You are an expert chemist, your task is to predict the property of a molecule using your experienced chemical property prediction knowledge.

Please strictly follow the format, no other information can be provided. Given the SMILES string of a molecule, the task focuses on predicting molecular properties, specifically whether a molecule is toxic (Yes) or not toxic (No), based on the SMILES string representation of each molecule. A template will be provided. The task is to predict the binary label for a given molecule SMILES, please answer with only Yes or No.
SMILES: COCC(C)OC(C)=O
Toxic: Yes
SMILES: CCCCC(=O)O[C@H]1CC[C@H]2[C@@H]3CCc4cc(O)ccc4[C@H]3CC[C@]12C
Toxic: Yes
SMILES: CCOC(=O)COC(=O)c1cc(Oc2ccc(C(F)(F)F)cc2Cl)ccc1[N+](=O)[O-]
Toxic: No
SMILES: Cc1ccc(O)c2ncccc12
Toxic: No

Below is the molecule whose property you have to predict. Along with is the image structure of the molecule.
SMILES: COC(CC(C)CCCC(C)(C)O)OC
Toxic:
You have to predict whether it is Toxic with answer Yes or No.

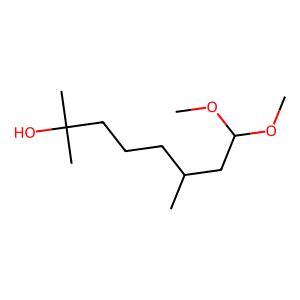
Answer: No